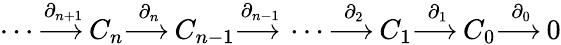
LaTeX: \dotsb{\overset{\partial_{n+1}}{\longrightarrow\, }}C_{n}{\overset{\partial_{n}}{\longrightarrow\, }}C_{n-1}{\overset{\partial_{n-1}}{\longrightarrow\, }}\dotsb{\overset{\partial_{2}}{\longrightarrow\, }}C_{1}{\overset{\partial_{1}}{\longrightarrow\, }}C_{0}{\overset{\partial_{0}}{\longrightarrow\, }}0